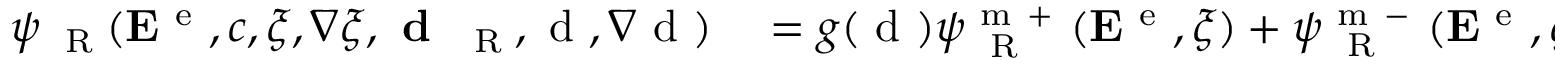
\begin{array} { r l } { { \psi } _ { \mathrm { ~ \tiny ~ R ~ } } ( { \bf E } ^ { \mathrm { ~ e ~ } } , c , \xi , \nabla \xi , \textbf { d } _ { \mathrm { ~ \tiny ~ R ~ } } , \mathrm { ~ d ~ } , \nabla \mathrm { ~ d ~ } ) } & { { } = g ( \mathrm { ~ d ~ } ) \psi _ { \mathrm { ~ \tiny ~ R ~ } } ^ { \mathrm { ~ m ~ + ~ } } ( { \bf E } ^ { \mathrm { ~ e ~ } } , \xi ) + \psi _ { \mathrm { ~ \tiny ~ R ~ } } ^ { \mathrm { ~ m ~ - ~ } } ( { \bf E } ^ { \mathrm { ~ e ~ } } , \xi ) } \end{array}